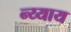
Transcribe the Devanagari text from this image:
न्य्याय